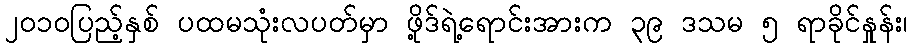
၂၀၁၀ပြည့်နှစ် ပထမသုံးလပတ်မှာ ဖို့ဒ်ရဲ့ရောင်းအားက ၃၉ ဒသမ ၅ ရာခိုင်နှုန်း၊